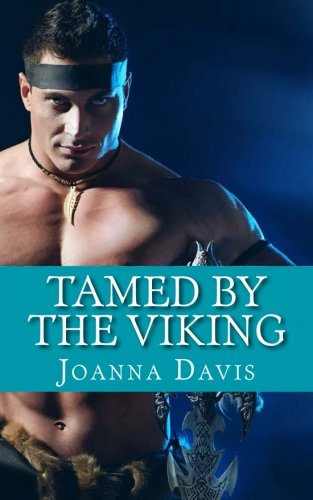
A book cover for Tamed By The Viking; Joanna Davis; Romance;